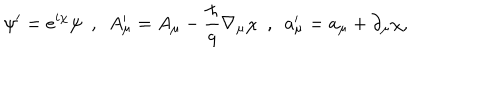
\psi ^ { \prime } = e ^ { i \chi } \psi \ \ , \ \ A _ { \mu } ^ { \prime } = A _ { \mu } - \frac { \hbar } { q } \nabla _ { \mu } \chi \ \ , \ \ a _ { \mu } ^ { \prime } = a _ { \mu } + \partial _ { \mu } \chi ,